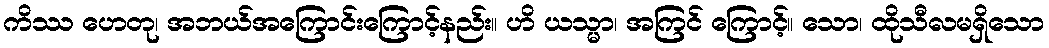
ကိဿ ဟေတု၊ အဘယ်အကြောင်းကြောင့်နည်း။ ဟိ ယသ္မာ၊ အကြင် ကြောင့်။ သော၊ ထိုသီလမရှိသော